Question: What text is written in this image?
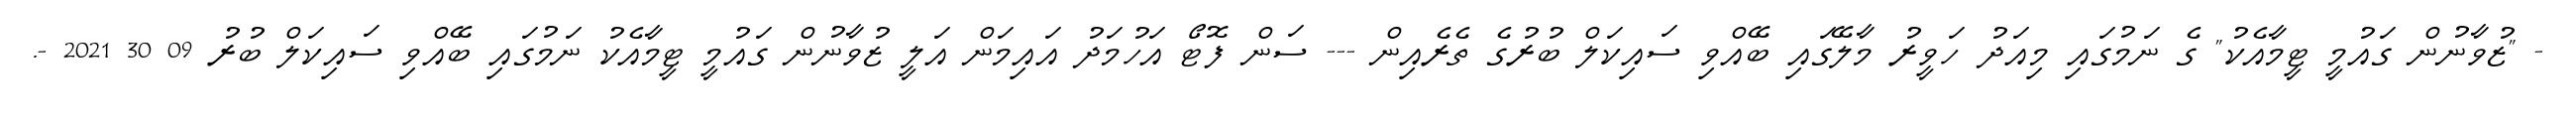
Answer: - "ޒުވާނުން ގައުމީ ޓީމާއެކު" ގެ ނަމުގައި މިއަދު ހަވީރު މާލޭގައި ބޭއްވި ސައިކަލް ބުރުގެ ތެރެއިން --- ސަން ފޮޓޯ އަހުމަދު އައިމަން އަލީ ޒުވާނުން ގައުމީ ޓީމާއެކު ނަމުގައި ބޭއްވި ސައިކަލް ބުރު 09 30 2021 -.